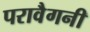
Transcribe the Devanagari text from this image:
परावैगनी